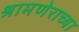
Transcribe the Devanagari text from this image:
श्रामणेराच्या